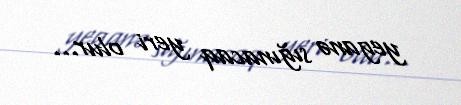
yeganə sığınacaq yeri olur...